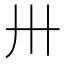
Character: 卅